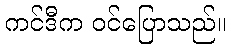
ကင်ဒီက ဝင်ပြောသည်။